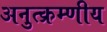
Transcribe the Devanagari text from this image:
अनुत्क्रम्णीय